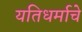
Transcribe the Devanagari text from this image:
यतिधर्माचे